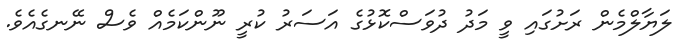
ލަޔާލްމެން ރަށުގައި ވީ މަދު ދުވަސްކޮޅުގެ އަސަރު ކުރީ ނޫންކަމެއް ވެސް ނޭނގެއެވެ.